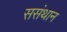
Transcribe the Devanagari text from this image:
ससंथान